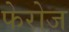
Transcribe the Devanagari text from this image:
फेरोज